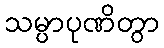
သမ္ပာပုဏိတွာ